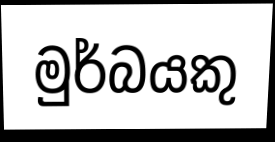
මුර්බයකු